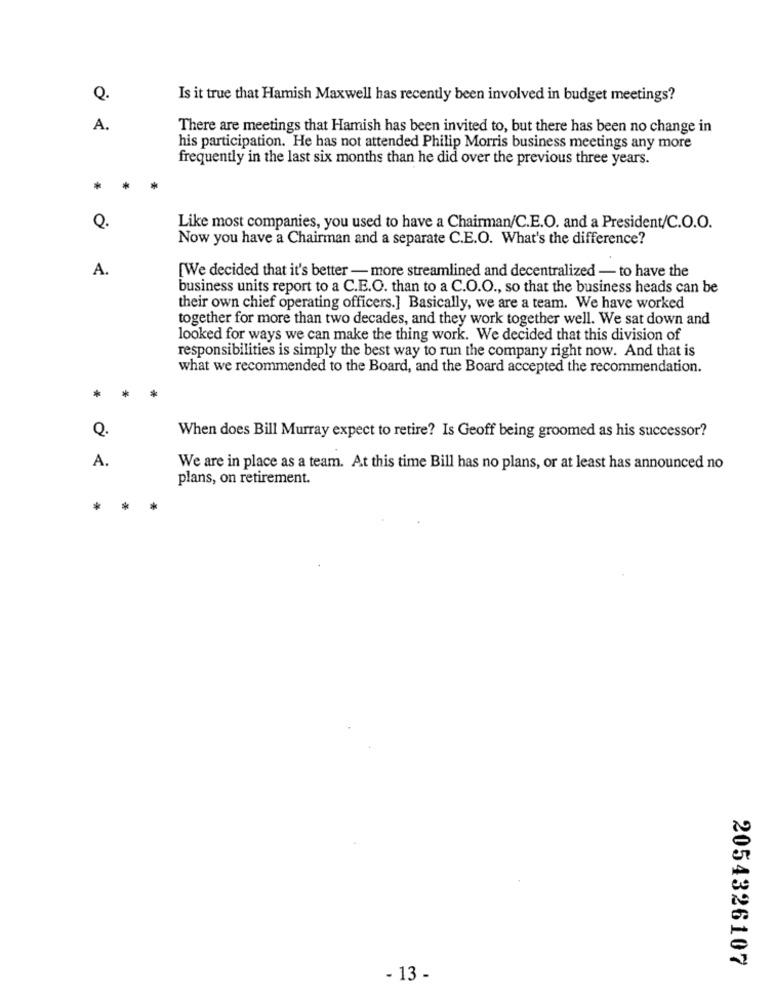
Q.
Is it true that Hamish Maxwell has recently been involved in budget meetings?
A.
There are meetings that Hamish has been invited to, but there has been no change in
his participation. He has not attended Philip Morris business meetings any more
frequently in the last six months than he did over the previous three years.
*
*
Q.
Like most companies, you used to have a Chairman/C.E.O. and a President/C.O.O.
Now you have a Chairman and a separate C.E.O. What's the difference?
A.
[We decided that it's better - more streamlined and decentralized - to have the
business units report to a C.E.O. than to a C.O.O ., so that the business heads can be
their own chief operating officers.] Basically, we are a team. We have worked
together for more than two decades, and they work together well. We sat down and
looked for ways we can make the thing work. We decided that this division of
responsibilities is simply the best way to run the company right now. And that is
what we recommended to the Board, and the Board accepted the recommendation.
*
*
Q.
When does Bill Murray expect to retire? Is Geoff being groomed as his successor?
A.
We are in place as a team. At this time Bill has no plans, or at least has announced no
plans, on retirement.
*
2054326107
- 13 -